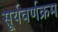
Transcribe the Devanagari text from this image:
सूर्यवर्णक्रम